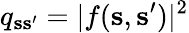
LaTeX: q_{{\mathbf s}{\mathbf s}^{\prime}}=|f({\mathbf s},{\mathbf s}^{\prime})|^{2}